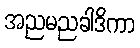
အညမညခါဒိကာ